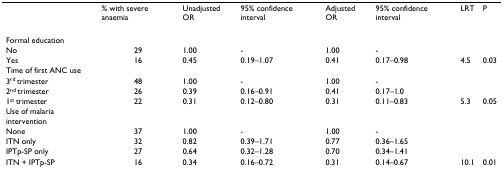
|  | % with severe anaemia | Unadjusted OR | 95% confidence interval | Adjusted OR | 95% confidence interval | LRT | P |
 | --- | --- | --- | --- | --- | --- | --- | --- |
 | Formal education |  |  |  |  |  |  |  |
 | No | 29 | 1.00 | - | 1.00 | - |  |  |
 | Yes | 16 | 0.45 | 0.19–1.07 | 0.41 | 0.17–0.98 | 4.5 | 0.03 |
 | Time of first ANC use |  |  |  |  |  |  |  |
 | 3rd trimester | 48 | 1.00 | - | 1.00 | - |  |  |
 | 2nd trimester | 26 | 0.39 | 0.16–0.91 | 0.41 | 0.17–1.0 |  |  |
 | 1st trimester | 22 | 0.31 | 0.12–0.80 | 0.31 | 0.11–0.83 | 5.3 | 0.05 |
 | Use of malaria intervention |  |  |  |  |  |  |  |
 | None | 37 | 1.00 | - | 1.00 | - |  |  |
 | ITN only | 32 | 0.82 | 0.39–1.71 | 0.77 | 0.36–1.65 |  |  |
 | IPTp-SP only | 27 | 0.64 | 0.32–1.28 | 0.70 | 0.34–1.41 |  |  |
 | ITN + IPTp-SP | 16 | 0.34 | 0.16–0.72 | 0.31 | 0.14–0.67 | 10.1 | 0.01 |